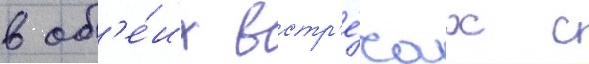
в об'е́их встр'е́чах с